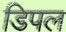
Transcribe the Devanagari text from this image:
डिपल